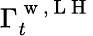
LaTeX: \Gamma_{t}^{\mathrm{~w~,~L~H~}}